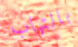
بالتهاب